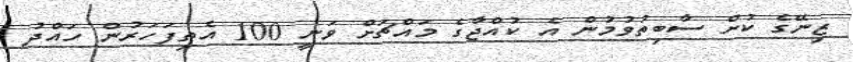
ޒިނޭގެ ކުށް ސާބިތުވުމުން އެ ކުއްޖާގެ މައްޗަށް ވަނީ 100 އެތިފަހަރުން ހައްދު